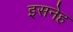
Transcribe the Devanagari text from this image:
इसनेह